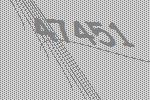
47451